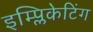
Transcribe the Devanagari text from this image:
इम्प्लिकेटिंग